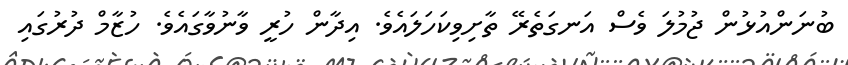
ބުނަންއުޅުން ޖުމުލަ ވެސް އަނގަތެރޭ ތާށިވިކަހަލައެވެ. އިދާން ހުރީ ވާނުވާގައެވެ. ހުޒާމް ދުރުގައި